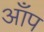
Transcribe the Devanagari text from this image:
आँप